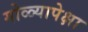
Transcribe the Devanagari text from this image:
गोळ्यापेक्षा